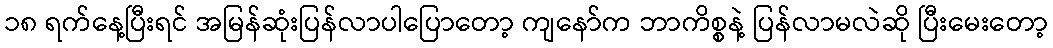
၁၈ ရက်နေ့ပြီးရင် အမြန်ဆုံးပြန်လာပါပြောတော့ ကျနော်က ဘာကိစ္စနဲ့ ပြန်လာမလဲဆို ပြီးမေးတော့